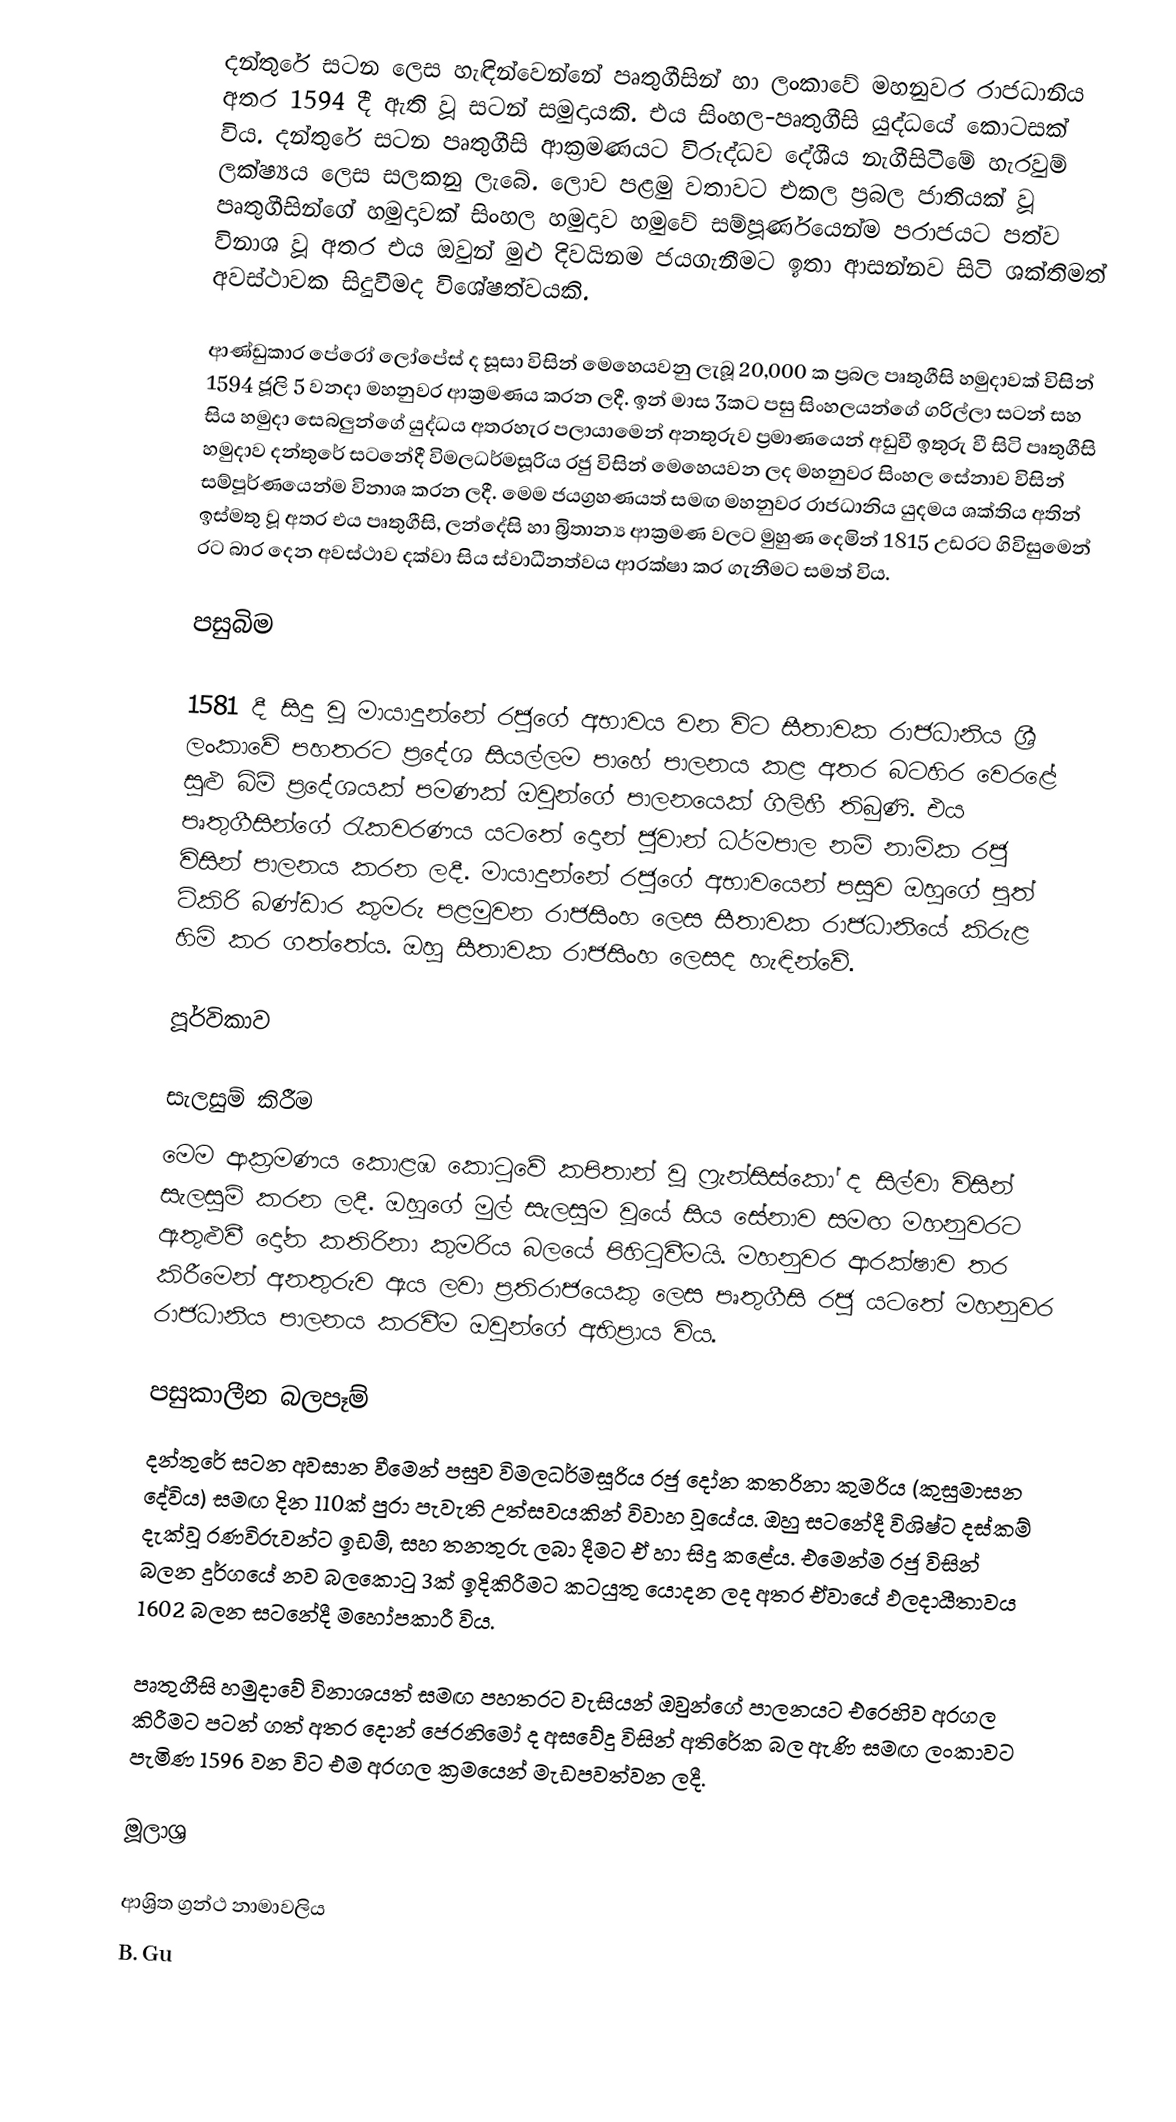
දන්තුරේ සටන ලෙස හැඳින්වෙන්නේ පෘතුගීසින් හා ලංකාවේ මහනුවර රාජධානිය අතර 1594 දී ඇති වූ සටන් සමුදායකි. එය සිංහල-පෘතුගීසි යුද්ධයේ කොටසක් විය. දන්තුරේ සටන පෘතුගීසි ආක්‍රමණයට විරුද්ධව දේශීය නැගීසිටීමේ හැරවුම් ලක්ෂ්‍යය ලෙස සලකනු ලැබේ. ලොව පළමු වතාවට එකල ප්‍රබල ජාතියක් වූ පෘතුගීසින්ගේ හමුදාවක් සිංහල හමුදාව හමුවේ සම්පූර්ණයෙන්ම පරාජයට පත්ව විනාශ වූ අතර එය ඔවුන් මුළු දිවයිනම ජයගැනීමට ඉතා ආසන්නව සිටි ශක්තිමත් අවස්ථාවක සිදුවීමද විශේෂත්වයකි.

ආණ්ඩුකාර පේරෝ ලෝපේස් ද සූසා විසින් මෙහෙයවනු ලැබූ 20,000 ක ප්‍රබල පෘතුගීසි හමුදාවක් විසින් 1594 ජූලි 5 වනදා මහනුවර ආක්‍රමණය කරන ලදී. ඉන් මාස 3කට පසු සිංහලයන්ගේ ගරිල්ලා සටන් සහ සිය හමුදා සෙබලුන්ගේ යුද්ධය අතරහැර පලායාමෙන් අනතුරුව ප්‍රමාණයෙන් අඩුවී ඉතුරු වී සිටි පෘතුගීසි හමුදාව දන්තුරේ සටනේදී විමලධර්මසූරිය රජු විසින් මෙහෙයවන ලද මහනුවර සිංහල සේනාව විසින් සම්පූර්ණයෙන්ම විනාශ කරන ලදී. මෙම ජයග්‍රහණයත් සමඟ මහනුවර රාජධානිය යුදමය ශක්තිය අතින් ඉස්මතු වූ අතර එය පෘතුගීසි, ලන්දේසි හා බ්‍රිතාන්‍ය ආක්‍රමණ වලට මුහුණ දෙමින් 1815 උඩරට ගිවිසුමෙන් රට බාර දෙන අවස්ථාව දක්වා සිය ස්වාධීනත්වය ආරක්ෂා කර ගැනීමට සමත් විය.

පසුබිම

1581 දී සිදු වූ මායාදුන්නේ රජුගේ අභාවය වන විට සීතාවක රාජධානිය ශ්‍රී ලංකාවේ පහතරට ප්‍රදේශ සියල්ලම පාහේ පාලනය කළ අතර බටහිර වෙරළේ සුළු බිම් ප්‍රදේශයක් පමණක් ඔවුන්ගේ පාලනයෙක් ගිලිහී තිබුණි. එය පෘතුගීසින්ගේ ‍රැකවරණය යටතේ දොන් ජුවාන් ධර්මපාල නම් නාමික රජු විසින් පාලනය කරන ලදී. මායාදුන්නේ රජුගේ අභාවයෙන් පසුව ඔහුගේ පුත් ටිකිරි බණ්ඩාර කුමරු පළමුවන රාජසිංහ ලෙස සීතාවක රාජධානියේ කිරුළ හිමි කර ගත්තේය. ඔහු සීතාවක රාජසිංහ ලෙසද හැඳින්වේ.

පූර්විකාව

සැලසුම් කිරීම
මෙම ආක්‍රමණය කොළඹ කො‍ටුවේ කපිතාන් වූ ෆ්‍රැන්සිස්කෝ ද සිල්වා විසින් සැලසුම් කරන ලදී. ඔහුගේ මුල් සැලසුම වූයේ සිය සේනාව සමඟ මහනුවරට ඇතුළුවී දෝන කතිරිනා කුමරිය බලයේ පිහි‍ටුවීමයි. මහනුවර ආරක්ෂාව තර කිරීමෙන් අනතුරුව ඇය ලවා ප්‍රතිරාජයෙකු ලෙස පෘතුගීසි රජු යටතේ මහනුවර රාජධානිය පාලනය කරවීම ඔවුන්ගේ අභිප්‍රාය විය.

පසුකාලීන බලපෑම්
දන්තුරේ සටන අවසාන වීමෙන් පසුව විමලධර්මසූරිය රජු දෝන කතරිනා කුමරිය  (කුසුමාසන දේවිය) සමඟ දින 110ක් පුරා පැවැති උත්සවයකින්  විවාහ වූයේය. ඔහු සටනේදී විශිෂ්ට දස්කම් දැක්වූ රණවිරුවන්ට ඉඩම්, සහ තනතුරු ලබා දීමට ඒ හා සිදු කළේය. එමෙන්ම රජු විසින් බලන දුර්ගයේ නව බලකො‍ටු 3ක් ඉදිකිරීමට කටයුතු යොදන ලද අතර ඒවායේ ඵලදායීතාවය 1602 බලන සටනේදී මහෝපකාරී විය.

පෘතුගීසි හමුදාවේ විනාශයත් සමඟ පහතරට වැසියන් ඔවුන්ගේ පාලනයට එරෙහිව අරගල කිරීමට පටන් ගත් අතර දොන් ජෙරනිමෝ ද අසවේදු විසින් අතිරේක බල ඇණි සමඟ ලංකාවට පැමිණ 1596 වන විට එම අරගල ක්‍රමයෙන් මැඩපවත්වන ලදී.

මූලාශ්‍ර

ආශ්‍රිත ග්‍රන්ථ නාමාවලිය
 B. Gu